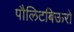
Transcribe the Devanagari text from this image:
पौलिटबिऊरो